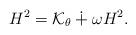
LaTeX: \begin{align*} H^2=\mathcal K_\theta\dotplus \omega H^2. \end{align*}